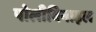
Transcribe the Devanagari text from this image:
पोलीविनाइल